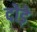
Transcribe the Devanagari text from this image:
दोड़े